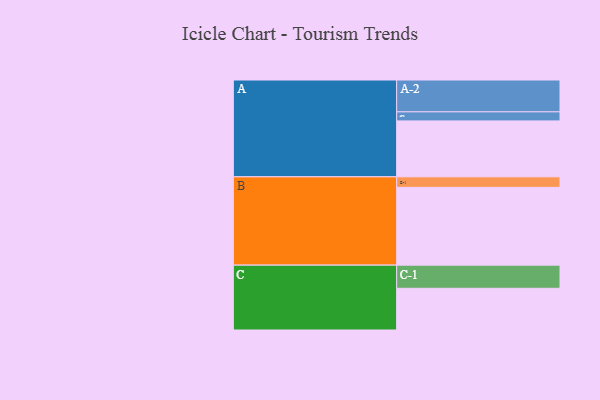
{"axis": {"x": "Segment", "y": "Value"}, "legend": ["", "A", "B", "C"], "data": [{"x": "A", "y": 425, "type": ""}, {"x": "B", "y": 591, "type": ""}, {"x": "C", "y": 317, "type": ""}, {"x": "A-1", "y": 69, "type": "A"}, {"x": "A-2", "y": 242, "type": "A"}, {"x": "B-1", "y": 80, "type": "B"}, {"x": "C-1", "y": 176, "type": "C"}]}